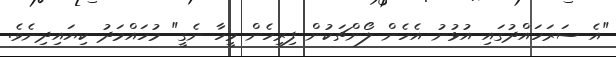
"އެ ސަރަހައްދުގައި އުޅުނު އެހެން ލޯންޗަކުން ފިރިހެން މީހާ ނެގީ" މުހައްމަދު ކިޔައިދިނެވެ.